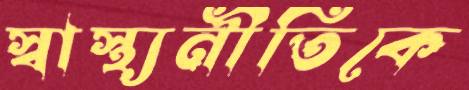
স্বাস্থ্যনীতিকে